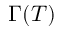
\Gamma ( T )